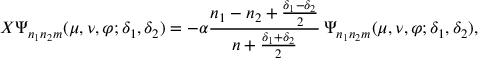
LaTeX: X \Psi _ { n _ { 1 } n _ { 2 } m } ( \mu , \nu , \varphi ; \delta _ { 1 } , \delta _ { 2 } ) = - \alpha \frac { n _ { 1 } - n _ { 2 } + \frac { \delta _ { 1 } - \delta _ { 2 } } { 2 } } { n + \frac { \delta _ { 1 } + \delta _ { 2 } } { 2 } } \, \Psi _ { n _ { 1 } n _ { 2 } m } ( \mu , \nu , \varphi ; \delta _ { 1 } , \delta _ { 2 } ) ,